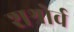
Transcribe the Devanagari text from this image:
शश्रोर्व